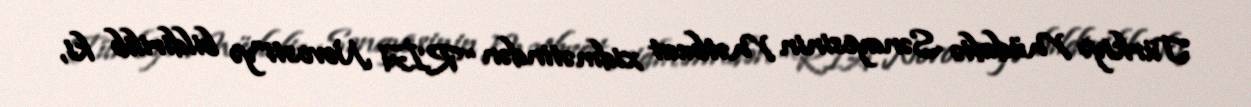
Türkiyə Müdafiə Sənayesinin Mətbuat xidmətindən “RİA Novosti”yə bildirilib ki,